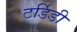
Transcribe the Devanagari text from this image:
टर्डिडी